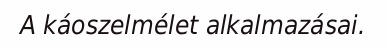
A káoszelmélet alkalmazásai.